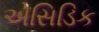
એસિડિક